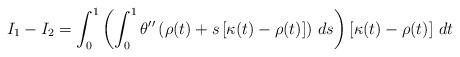
LaTeX: \begin{align*} I_1-I_2 = \int_0^1 \left ( \int_0^1 \theta''\left( \rho(t) + s \left[ \kappa(t) - \rho(t) \right] \right) \, ds \right) \left[ \kappa(t) - \rho(t) \right] \, dt\end{align*}